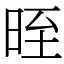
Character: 晊